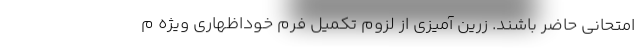
امتحانی حاضر باشند. زرین آمیزی از لزوم تکمیل فرم خوداظهاری ویژه م